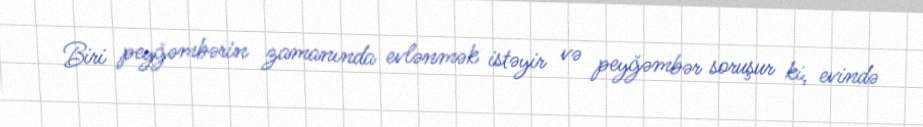
Biri peyğəmbərin zamanında evlənmək istəyir və peyğəmbər soruşur ki, evində